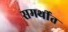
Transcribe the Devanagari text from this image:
समर्थीत